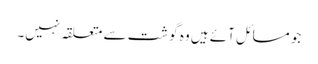
جو مسائل آئے ہیں وہ گوشت سے متعلقہ نہیں۔